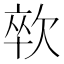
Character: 㰵